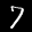
Label: 7